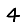
Digit: 4